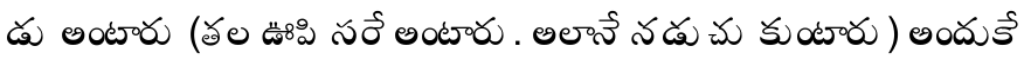
డు అంటారు (తల ఊపి సరే అంటారు. అలానే నడుచు కుంటారు) అందుకే